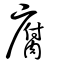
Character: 腐